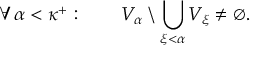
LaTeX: \forall \alpha < \kappa ^ { + } : \qquad V _ { \alpha } \setminus \bigcup _ { \xi < \alpha } V _ { \xi } \neq \varnothing .